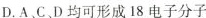
D.A、C、D均可形成18电子分子